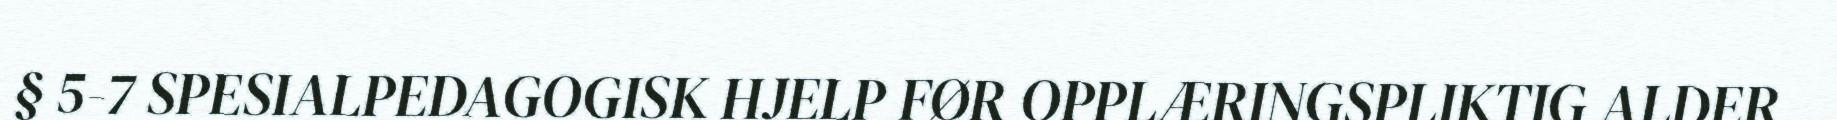
§ 5-7 SPESIALPEDAGOGISK HJELP FØR OPPLÆRINGSPLIKTIG ALDER